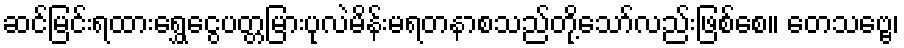
ဆင်မြင်းရထားရွှေငွေပတ္တမြားပုလဲမိန်းမရတနာစသည်တို့သော်လည်းဖြစ်စေ။ တေသဗ္ဗေ၊